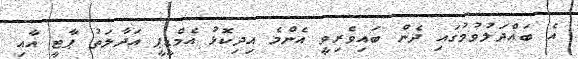
އެ ބައްދަލުވުމުގައި ދެން ބައިވެރިވީ އެންމެ އިދިކޮޅު އެމްޑީޕީ އަދާލަތު ޕާޓީ އާއި